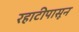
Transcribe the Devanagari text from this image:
रहाटीपासून